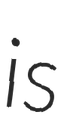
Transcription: is